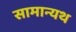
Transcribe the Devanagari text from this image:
सामान्यथ